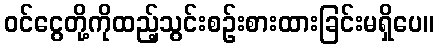
ဝင်ငွေတို့ကိုထည့်သွင်းစဉ်းစားထားခြင်းမရှိပေ။